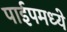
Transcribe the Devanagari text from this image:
पाईपमध्ये